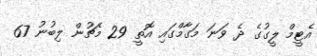
އެޓީމް ލީގުގެ ދެ ވަނަ މަގާމްގައި އޮތީ 29 މެޗުން ލިބުނު 67